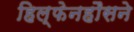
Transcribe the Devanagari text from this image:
हिल्फेनहौसने